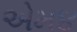
એમ૪